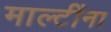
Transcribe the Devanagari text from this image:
माल्टींना